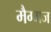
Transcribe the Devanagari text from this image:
मैग्मज